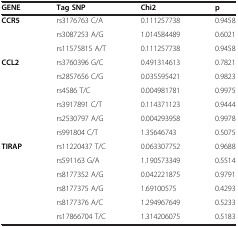
<table><thead><tr><td><b>GENE</b></td><td><b>Tag SNP</b></td><td><b>Chi2</b></td><td><b>p</b></td></tr></thead><tbody><tr><td><b>CCR5</b></td><td>rs3176763 C/A</td><td>0.111257738</td><td>0.9458</td></tr><tr><td> </td><td>rs3087253 A/G</td><td>1.014584489</td><td>0.6021</td></tr><tr><td> </td><td>rs11575815 A/T</td><td>0.111257738</td><td>0.9458</td></tr><tr><td><b>CCL2</b></td><td>rs3760396 G/C</td><td>0.491314613</td><td>0.7821</td></tr><tr><td> </td><td>rs2857656 C/G</td><td>0.035595421</td><td>0.9823</td></tr><tr><td> </td><td>rs4586 T/C</td><td>0.004981781</td><td>0.9975</td></tr><tr><td> </td><td>rs3917891 C/T</td><td>0.114371123</td><td>0.9444</td></tr><tr><td> </td><td>rs2530797 A/G</td><td>0.004293958</td><td>0.9978</td></tr><tr><td> </td><td>rs991804 C/T</td><td>1.35646743</td><td>0.5075</td></tr><tr><td><b>TIRAP</b></td><td>rs11220437 T/C</td><td>0.063307752</td><td>0.9688</td></tr><tr><td> </td><td>rs591163 G/A</td><td>1.190573349</td><td>0.5514</td></tr><tr><td> </td><td>rs8177352 A/G</td><td>0.042221875</td><td>0.9791</td></tr><tr><td> </td><td>rs8177375 A/G</td><td>1.69100575</td><td>0.4293</td></tr><tr><td> </td><td>rs8177376 A/C</td><td>1.294967649</td><td>0.5233</td></tr><tr><td> </td><td>rs17866704 T/C</td><td>1.314206075</td><td>0.5183</td></tr></tbody></table>